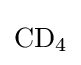
{\mathrm {CD} {\vphantom {A}}_{\smash[{t}]{4}}}